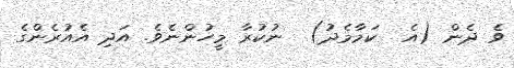
ވެ ދެން (އެ  ކަމާމެދު)  ނުކުރާ މީހުންނެވެ. އަދި އެއުރެންގެ